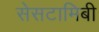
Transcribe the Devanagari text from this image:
सेसटामिबी